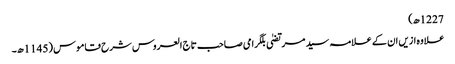
1227ھ)
علاوہ ازیں ان کے علامہ سید مرتضیٰ بلگرامی صاحب تاج العروس شرح قاموس (1145ھ۔